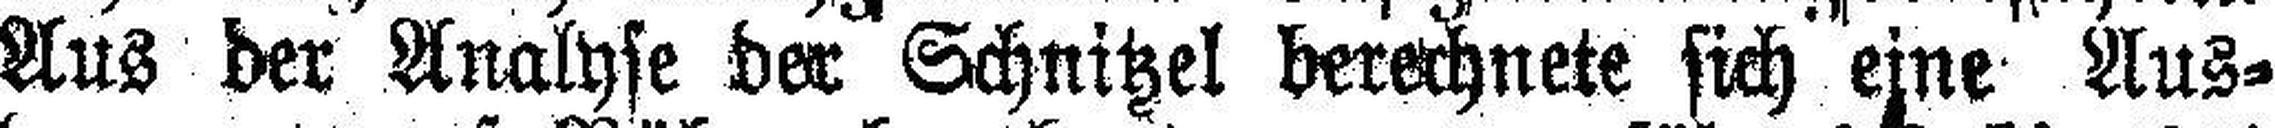
Aus der Analyse der Schnitzel berechnete sich eine Aus¬